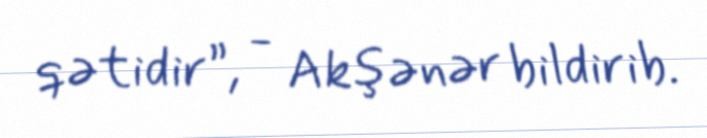
qətidir”, - Akşənər bildirib.